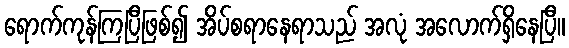
ရောက်ကုန်ကြပြီဖြစ်၍ အိပ်စရာနေရာသည် အလုံ အလောက်ရှိနေပြီ။